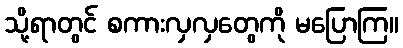
သို့ရာတွင် စကားလှလှတွေကို မပြောကြ။